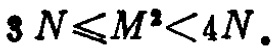
$3N\leqslant M^{2}<4N$